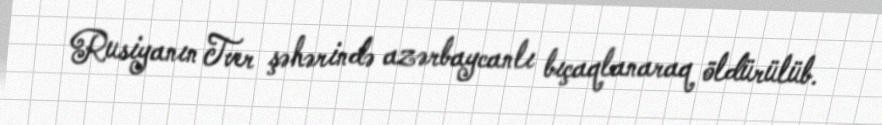
Rusiyanın Tver şəhərində azərbaycanlı bıçaqlanaraq öldürülüb.